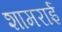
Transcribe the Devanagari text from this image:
शामराई